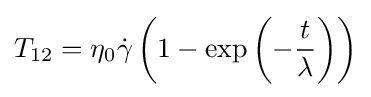
T_{12}=\eta _{0}{\dot {\gamma }}\left(1-\exp \left(-{\frac {t}{\lambda }}\right)\right)